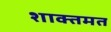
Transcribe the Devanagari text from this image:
शाक्तमत